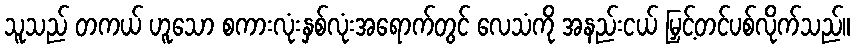
သူသည် တကယ် ဟူသော စကားလုံးနှစ်လုံးအရောက်တွင် လေသံကို အနည်းငယ် မြှင့်တင်ပစ်လိုက်သည်။